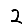
Digit: 2